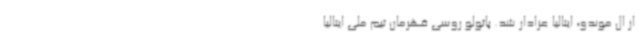
از ال موندو، ایتالیا عزادار شد. پائولو روسی قهرمان تیم ملی ایتالیا